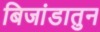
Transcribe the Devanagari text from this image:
बिजांडातुन